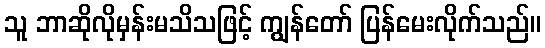
သူ ဘာဆိုလိုမှန်းမသိသဖြင့် ကျွန်တော် ပြန်မေးလိုက်သည်။